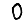
Digit: 0